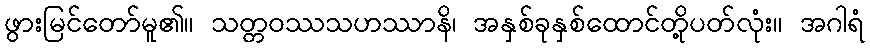
ဖွားမြင်တော်မူ၏။ သတ္တဝဿသဟဿာနိ၊ အနှစ်ခုနှစ်ထောင်တို့ပတ်လုံး။ အဂါရံ